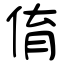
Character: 俼